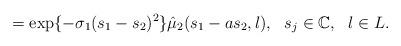
LaTeX: \begin{align*}=\exp\{-\sigma_1(s_1-s_2)^2\}\hat\mu_2(s_1-a s_2, l), \ \ s_j\in \mathbb{C}, \ \ l\in L.\end{align*}